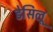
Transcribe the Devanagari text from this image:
डेसिलू